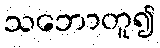
သဘောတူ၍